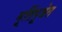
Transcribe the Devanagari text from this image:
मूर्तिपूजेत